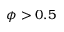
\phi > 0 . 5